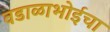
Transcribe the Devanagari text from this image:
वडाळाभोईचा